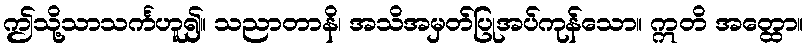
ဤသို့သာသင်္ကဟူ၍။ သညာတာနိ၊ အသိအမှတ်ပြုအပ်ကုန်သော။ ဣတိ အတ္ထော။